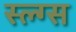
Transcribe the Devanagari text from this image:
स्ल्ग्स